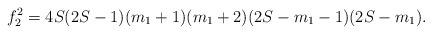
\begin{align*} f_2^2= 4S(2S-1)(m_1 +1)(m_1 +2)(2S-m_1-1)(2S-m_1) .\end{align*}